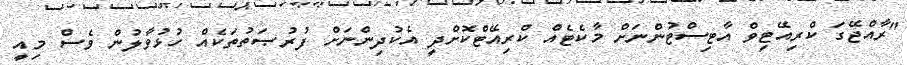
"ރާއްޖޭގަ ކްރިއޭޓިވް އާޓިސްޓުންނަށް މާކެޓެއް ކްރިއޭޓްކޮށްދީ އެކުދިންނަށް ފުރުޞަތުތަކެއް ހުޅުވާލުން ވެސް މިއީ